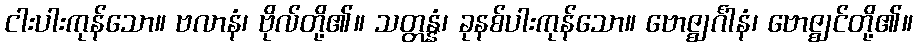
ငါးပါးကုန်သော။ ဗလာနံ၊ ဗိုလ်တို့၏။ သတ္တန္နံ၊ ခုနစ်ပါးကုန်သော။ ဗောဇ္ဈင်္ဂါနံ၊ ဗောဇ္ဈင်တို့၏။